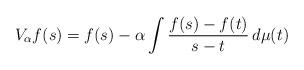
LaTeX: \begin{align*}V_\alpha f(s) = f(s) -\alpha \int\frac{f(s)-f(t)}{s-t}\,d\mu(t)\end{align*}